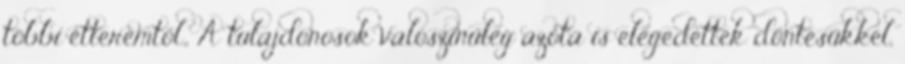
többi étteremtől.„ A tulajdonosok valószínűleg azóta is elégedettek döntésükkel,